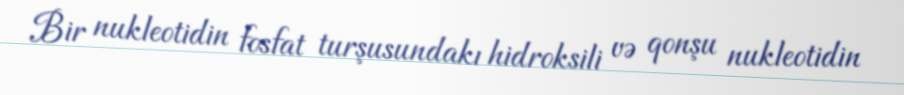
Bir nukleotidin fosfat turşusundakı hidroksili və qonşu nukleotidin